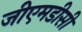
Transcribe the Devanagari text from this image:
जीएमडीसी